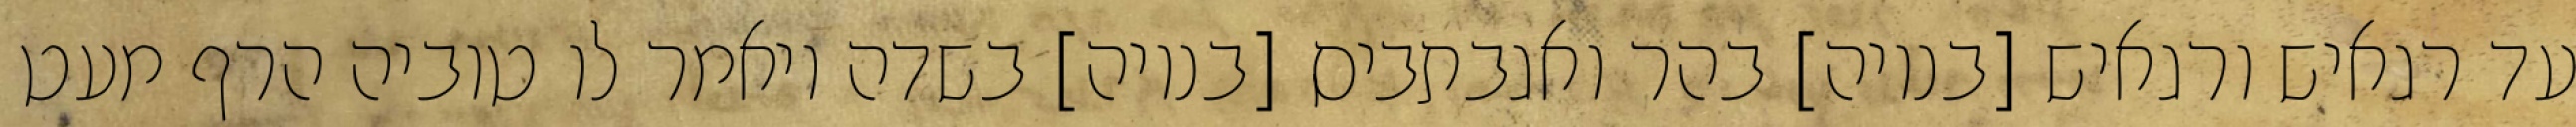
עד רגאיש ורגאיש [בנויה] בהר ואגבתביס [בנויה] בשדה ויאמר לו טוביה הרף מעט